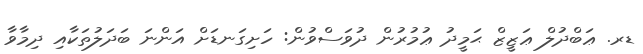
ޑރ. ޢަބްދުލް ޢަޒީޒް ޙަމީދު ޢުމުރުން ދުވަސްވުން: ހަށިގަނޑަށް އަންނަ ބަދަލުތަކާއި ދިމާވާ